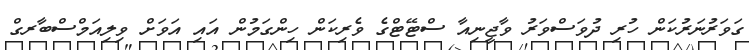
ގަވަރުނަރުކަން ހުރި ދުވަސްވަރު ވާޖީނިއާ ސްޓޭޓްގެ ވެރިކަން ހިންގަމުން އައި އަވަށް ވިލިއަމްސްބާރގް